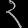
Digit: ၃